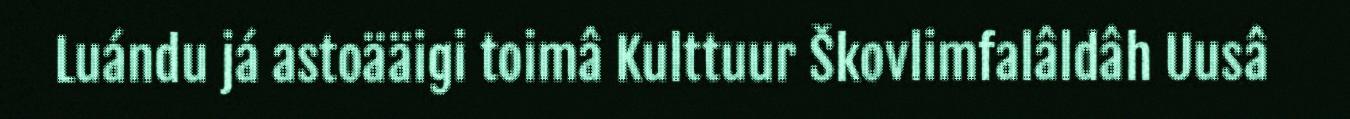
Luándu já astoääigi toimâ Kulttuur Škovlimfalâldâh Uusâ